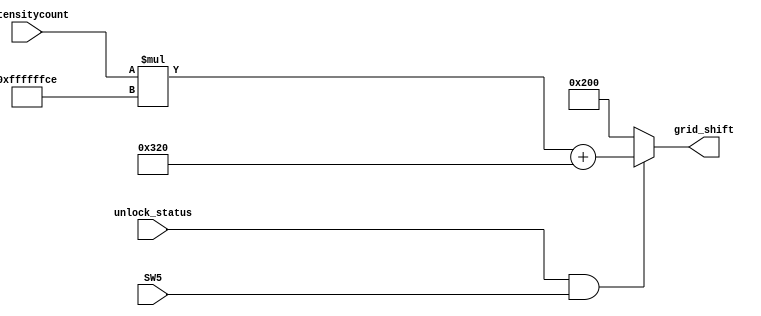
`timescale 1ns / 1ps
//////////////////////////////////////////////////////////////////////////////////
// Company: 
// Engineer: 
// 
// Design Name: 
// Module Name: intensity_shift_gen
// Project Name: 
// Target Devices: 
// Tool Versions: 
// Description: 
// 
// Dependencies: 
// 
// Revision:
// Revision 0.01 - File Created
// Additional Comments:
// 
//////////////////////////////////////////////////////////////////////////////////


module intensity_shift_gen(
    input SW5,
    input unlock_status,
    input [3:0] intensitycount,
    output [9:0] grid_shift
    );
    
    assign grid_shift = (unlock_status && SW5) ? (intensitycount*(-50) + 800) : 512; 
endmodule